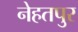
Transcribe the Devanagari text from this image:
नेहतपुर